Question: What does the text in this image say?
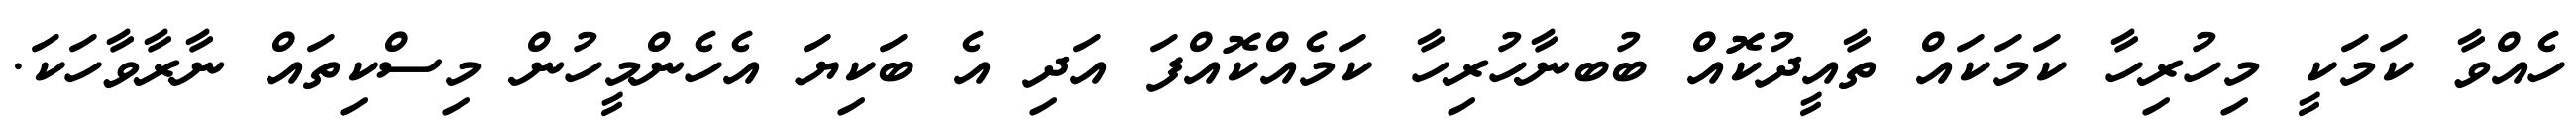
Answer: ހެއްވާ ކަމަކީ މިހުރިހާ ކަމަކައް ތާއީދުކޮއް ބުބނާހުރިހާ ކަމެއްކޮއްފަ އަދި އެ ބަކިޔަ އެހެންމީހުން މިސްކިތައް ނާރާވާހަކަ.